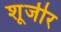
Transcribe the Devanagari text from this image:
शूजीर